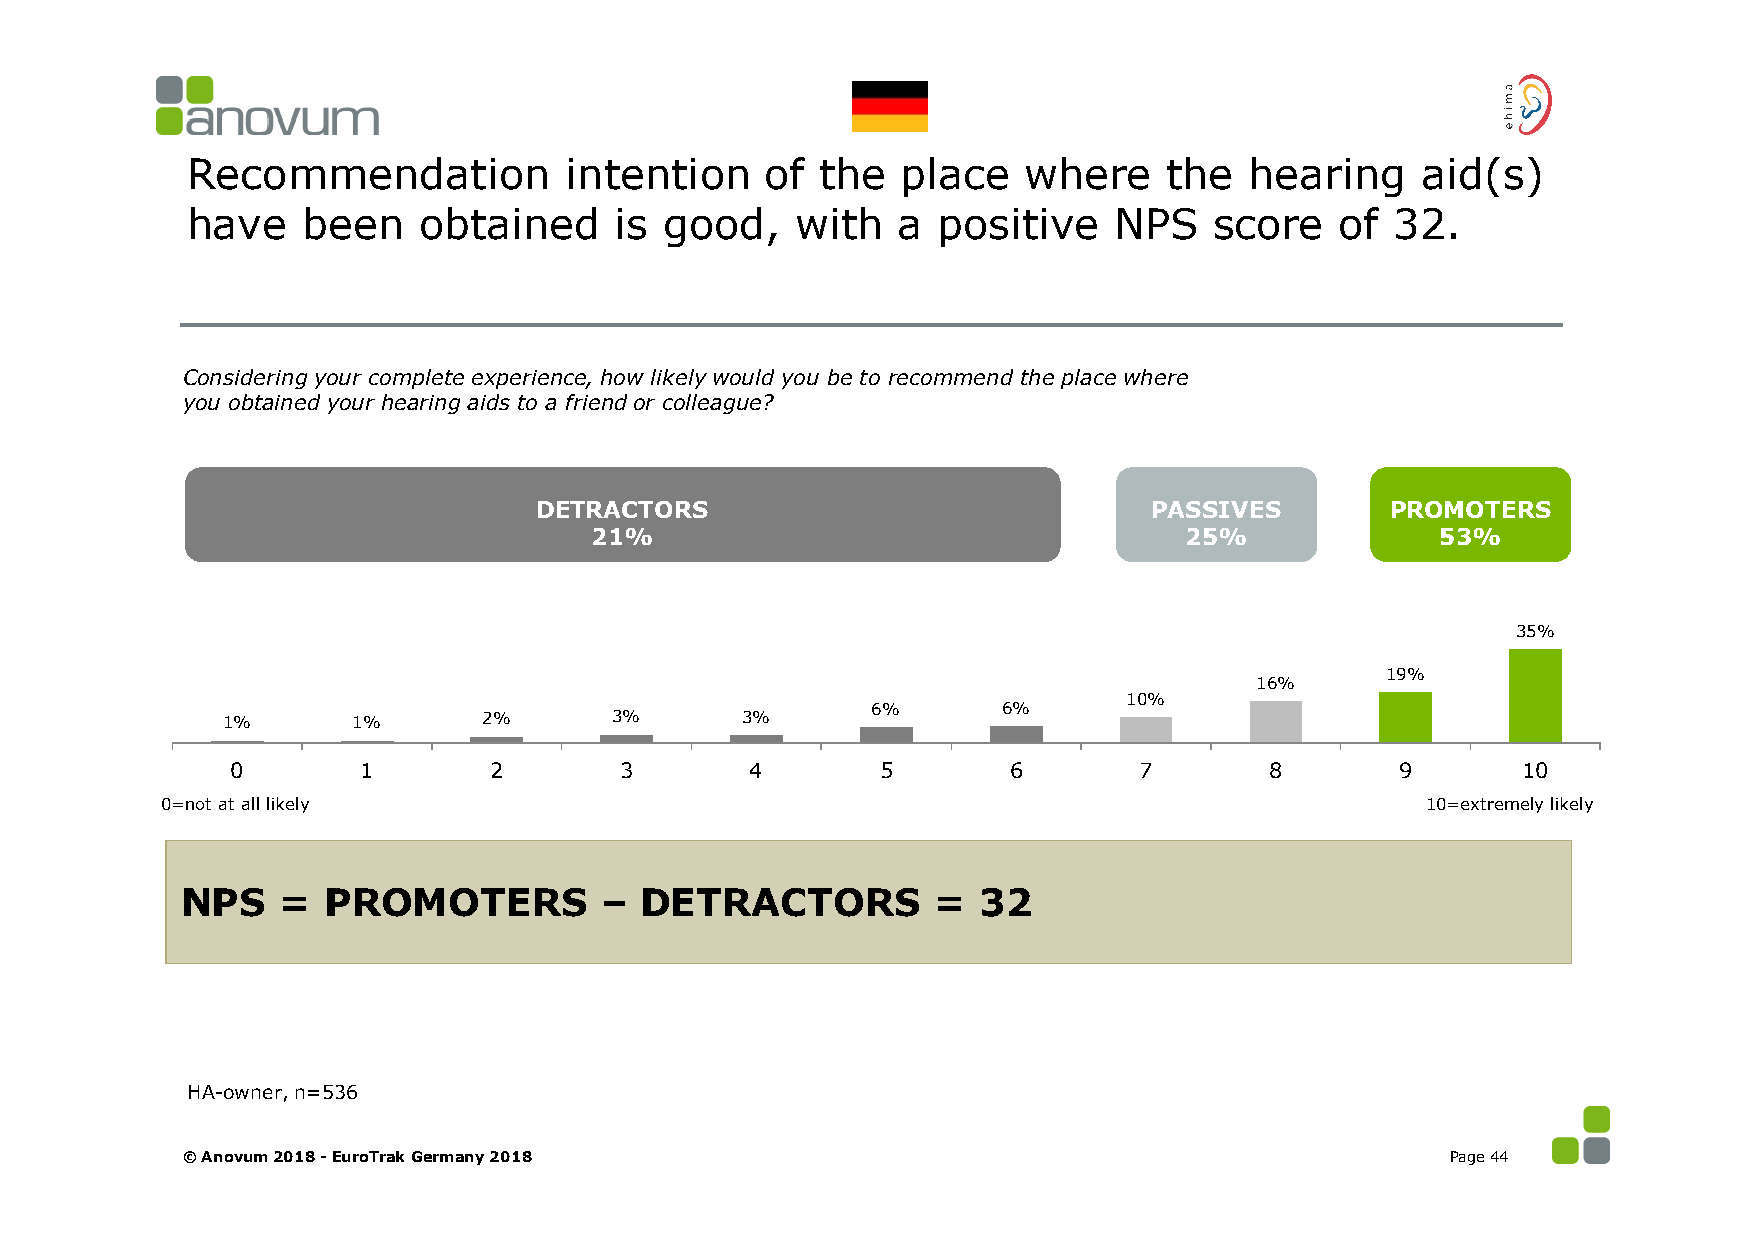
Recommendation           intention     of the   place   where    the   hearing    aid(s)
 have    been    obtained     is good,    with  a  positive    NPS   score    of 32.
 Considering your complete experience, how likely would you be to recommend the place where
 you obtained your hearing aids to a friend or colleague?
 DETRACTORS                               PASSIVES        PROMOTERS
 21%                                    25%              53%
 35%
 19%
 16%
 10%
 6%      6%
 1%      1%       2%      3%       3%
 0        1       2        3        4       5        6       7        8        9       10
 0=not at all likely                                                                10=extremely likely
 NPS   =  PROMOTERS          – DETRACTORS          =  32
 HA-owner, n=536
 © Anovum 2018 -EuroTrak Germany 2018                                                Page 44